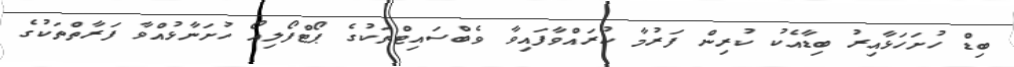
ބިޑް ހުށަހަޅާއިރު ބިޑާއެކު ކުރިން ފަރުމާ ކުރައްވާފައިވާ ވެބްސައިޓްތަކުގެ ޕޯޓްފޯލިއޯ ހުށަނާޅުއްވާ ފަރާތްތަކުގެ